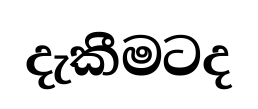
දැකීමටද